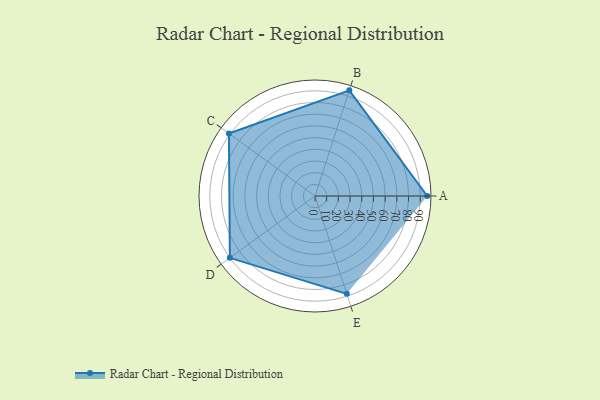
{"axis": {"x": "Skill", "y": "Score"}, "legend": ["Profile"], "data": [{"x": "A", "y": 96.0, "type": "Profile"}, {"x": "B", "y": 95.0, "type": "Profile"}, {"x": "C", "y": 91.0, "type": "Profile"}, {"x": "D", "y": 90.0, "type": "Profile"}, {"x": "E", "y": 88.0, "type": "Profile"}]}